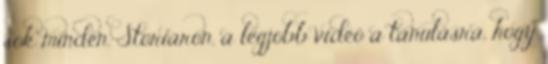
sok minden. Storiaron, a legjobb videó a tanulásra, hogy